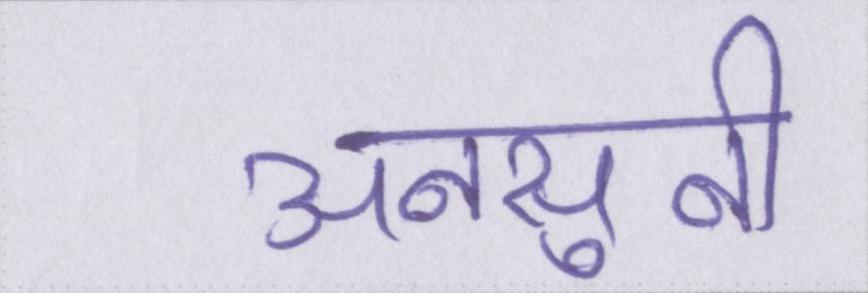
अनसुनी